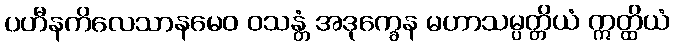
ပဟီနကိလေသာနမေဝ ဝသန္တံ အဒုက္ခေန မဟာသမ္ပတ္တိယံ ဣတ္ထိယံ